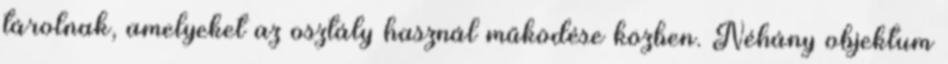
tárolnak, amelyeket az osztály használ működése közben. Néhány objektum